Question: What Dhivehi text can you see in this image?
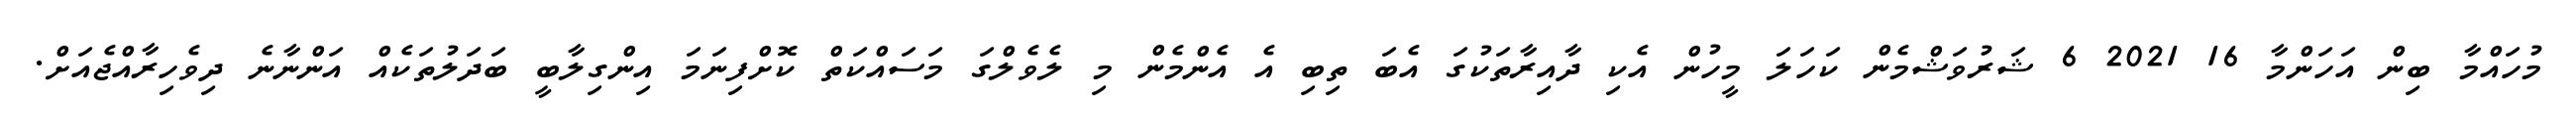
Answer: މުހައްމާ ބިން އަހަންމާ 16 2021 6 ޝަރުވަޝްމެން ކަހަލަ މީހުން އެކި ދާއިރާތަކުގަ އެބަ ތިބި އެ އެންމެން މި ލެވެލްގަ މަސައްކަތް ކޮށްފިނަމަ އިންގިލާބީ ބަދަލުތަކެއް އަންނާނެ ދިވެހިރާއްޖެއަށް.